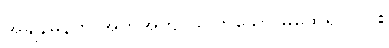
အချိန်မှန်ကို အတိအကျ သိကြသော မထေရ် ၂-ပါး